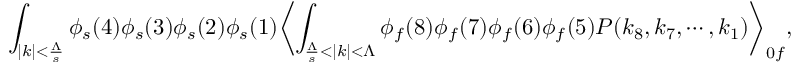
\int _ { | k | < \frac { \Lambda } { s } } \phi _ { s } ( 4 ) \phi _ { s } ( 3 ) \phi _ { s } ( 2 ) \phi _ { s } ( 1 ) \biggl < \int _ { \frac { \Lambda } { s } < | k | < \Lambda } \phi _ { f } ( 8 ) \phi _ { f } ( 7 ) \phi _ { f } ( 6 ) \phi _ { f } ( 5 ) { \cal P } ( k _ { 8 } , k _ { 7 } , \cdots , k _ { 1 } ) \biggr > _ { 0 f } ,